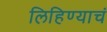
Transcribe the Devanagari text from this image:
लिहिण्याचं